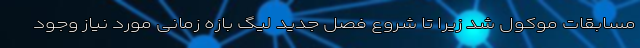
مسابقات موکول شد زیرا تا شروع فصل جدید لیگ بازه زمانی مورد نیاز وجود